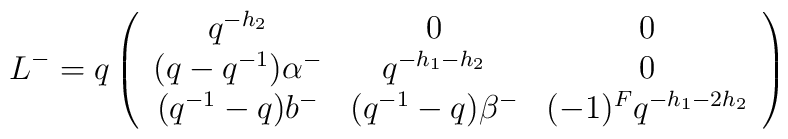
L^-=q\left(\begin{array}{ccc}q^{-h_2}  &  0           &  0 \\(q-q^{-1})\alpha^- & q^{-h_1-h_2} &  0 \\(q^{-1}-q)b^-     & (q^{-1}-q)\beta^-    & (-1)^Fq^{-h_1-2h_2}\end{array}\right)